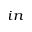
_ { i n }